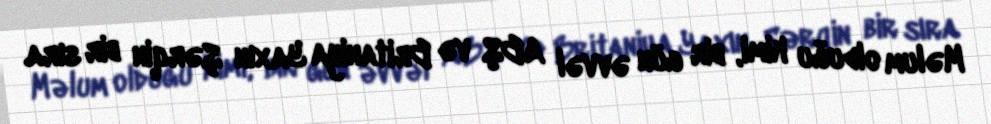
Məlum olduğu kimi, bir gün əvvəl ABŞ və Britaniya Yaxın Şərqin bir sıra